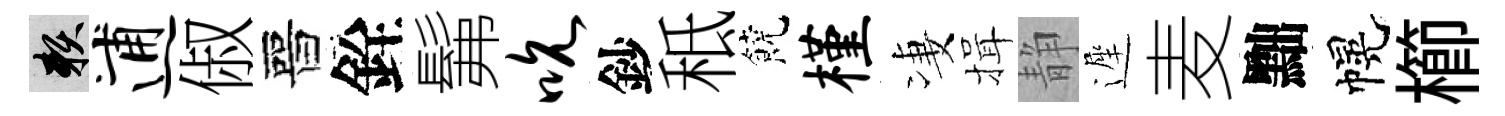
賴逋俶晉銓髴吮鈔秪饒槿凄揖静遲麦黜幌櫛